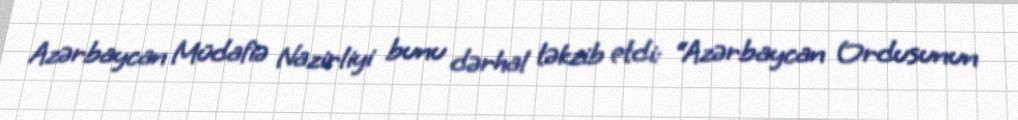
Azərbaycan Müdafiə Nazirliyi bunu dərhal təkzib etdi: “Azərbaycan Ordusunun